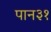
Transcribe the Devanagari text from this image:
पान३१